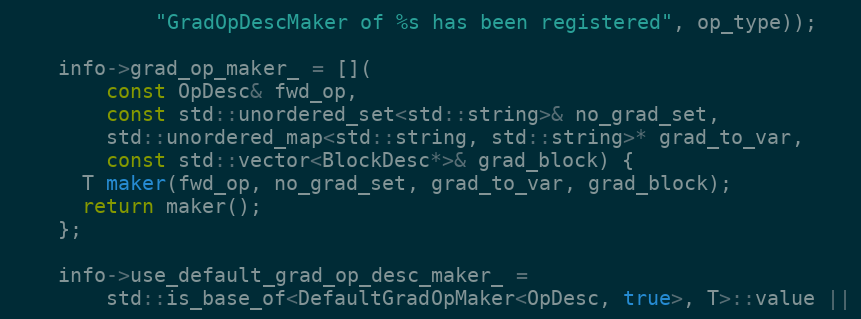
Language: C
            "GradOpDescMaker of %s has been registered", op_type));

    info->grad_op_maker_ = [](
        const OpDesc& fwd_op,
        const std::unordered_set<std::string>& no_grad_set,
        std::unordered_map<std::string, std::string>* grad_to_var,
        const std::vector<BlockDesc*>& grad_block) {
      T maker(fwd_op, no_grad_set, grad_to_var, grad_block);
      return maker();
    };

    info->use_default_grad_op_desc_maker_ =
        std::is_base_of<DefaultGradOpMaker<OpDesc, true>, T>::value ||